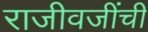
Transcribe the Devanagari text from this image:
राजीवजींची